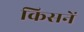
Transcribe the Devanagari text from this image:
किसनें